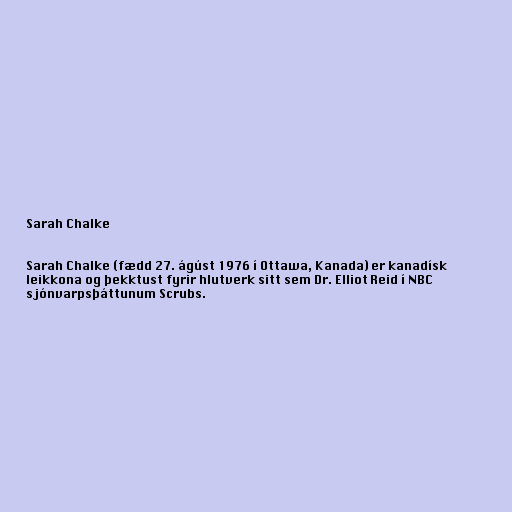
Sarah Chalke

Sarah Chalke (fædd 27. ágúst 1976 í Ottawa, Kanada) er kanadísk
leikkona og þekktust fyrir hlutverk sitt sem Dr. Elliot Reid í NBC
sjónvarpsþáttunum Scrubs.